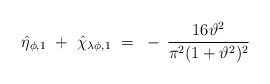
\begin{align*}\hat{\eta}_{\phi,1} ~+~ \hat{\chi}_{\lambda\phi,1} ~=~- \, \frac{16\vartheta^2}{\pi^2 (1+\vartheta^2)^2}\end{align*}